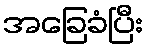
အခြေခံပြီး